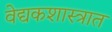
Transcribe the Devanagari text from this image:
वेद्यकशास्त्रात